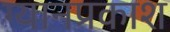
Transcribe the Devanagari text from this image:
ग्यानप्रकाश